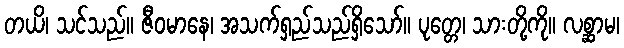
တယိ၊ သင်သည်။ ဇီဝမာနေ၊ အသက်ရှည်သည်ရှိသော်။ ပုတ္တေ၊ သားတို့ကို။ လစ္ဆာမ၊